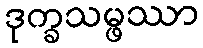
ဒုက္ခသမ္ဖဿာ